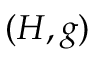
( H , g )